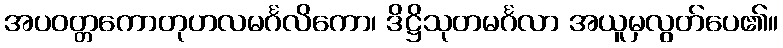
အပဝတ္တကောတုဟလမင်္ဂလိကော၊ ဒိဋ္ဌိသုတမင်္ဂလာ အယူမှလွတ်ပေ၏။